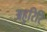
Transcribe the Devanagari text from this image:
अहुरिरि